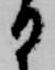
日